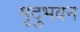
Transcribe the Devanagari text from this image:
मृदुभवन